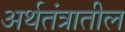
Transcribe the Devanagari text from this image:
अर्थतंत्रातील